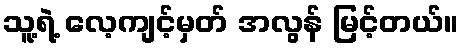
သူ့ရဲ့ လေ့ကျင့်မှတ် အလွန် မြင့်တယ်။